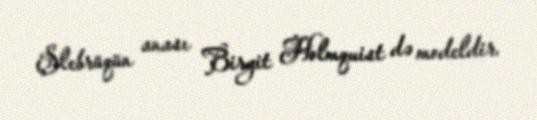
Şlebrüqün anası Birgit Holmquist də modeldir.